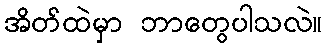
အိတ်ထဲမှာ ဘာတွေပါသလဲ။